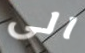
الى